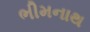
ભીમનાથ